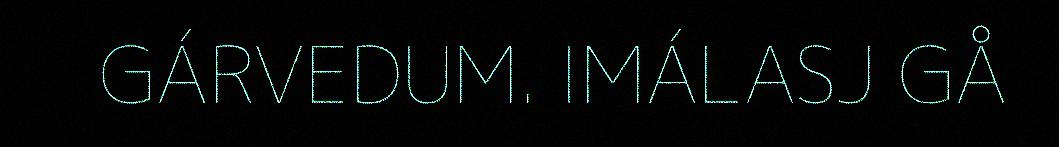
GÁRVEDUM. IMÁLASJ GÅ